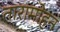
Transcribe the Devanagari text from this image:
तारामोहन